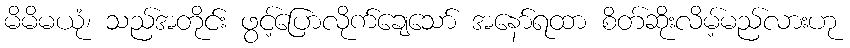
မိမိမယုံ၊ သည်အတိုင်း ဖွင့်ပြောလိုက်ချေသော် အနော်ရထာ စိတ်ဆိုးလိမ့်မည်လားဟု